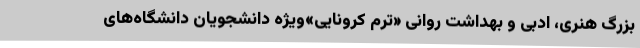
بزرگ هنری، ادبی و بهداشت روانی «ترم کرونایی»ویژه دانشجویان دانشگاه‌های